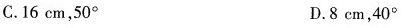
C.16cm，50° D.8cm，40°